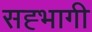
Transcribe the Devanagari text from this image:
सह्भागी